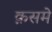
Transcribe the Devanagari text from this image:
क़समे